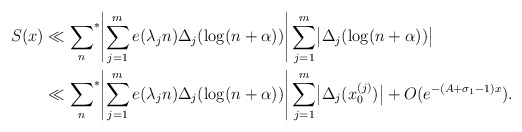
\begin{align*}S(x)&\ll {\sum_n}^* \Biggl| \sum_{j=1}^m e(\lambda_j n)\Delta_j(\log(n+\alpha)) \Biggr|\sum_{j=1}^m \bigl| \Delta_j(\log(n+\alpha)) \bigr|\\&\ll {\sum_n}^* \Biggl| \sum_{j=1}^m e(\lambda_j n) \Delta_j(\log(n+\alpha)) \Biggr|\sum_{j=1}^m \bigl|\Delta_j(x^{(j)}_0)\bigr|+O(e^{-(A+\sigma_1-1)x}).\end{align*}